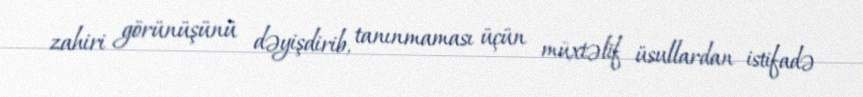
zahiri görünüşünü dəyişdirib, tanınmaması üçün müxtəlif üsullardan istifadə